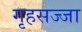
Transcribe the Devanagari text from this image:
गृहसज्जा